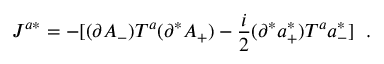
J ^ { a * } = - [ ( \partial A _ { - } ) T ^ { a } ( \partial ^ { * } A _ { + } ) - \frac { i } { 2 } ( \partial ^ { * } a _ { + } ^ { * } ) T ^ { a } a _ { - } ^ { * } ] \; \; .